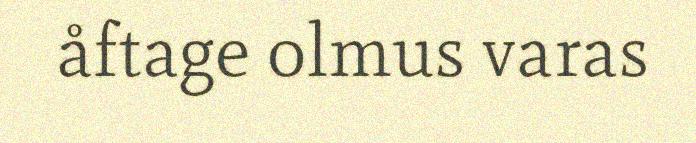
åftage olmus varas